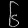
Digit: ၆